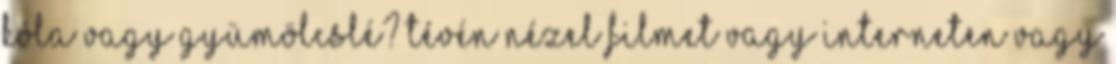
Kóla vagy gyümölcslé? Tévén nézel filmet vagy interneten vagy